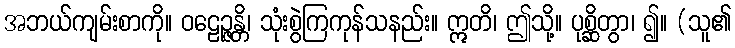
အဘယ်ကျမ်းစာကို။ ဝဠေဉ္ဇန္တိ၊ သုံးစွဲကြကုန်သနည်း။ ဣတိ၊ ဤသို့။ ပုစ္ဆိတွာ၊ ၍။ (သူ၏